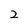
Character: 2